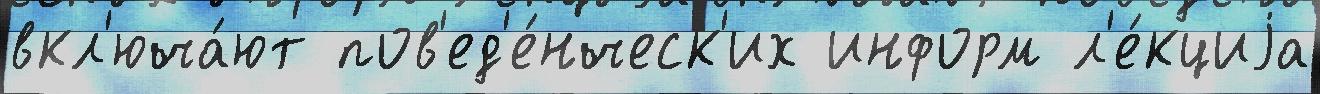
вкл'юча́ют пов'ед'е́нческ'их информ л'е́кциjа